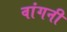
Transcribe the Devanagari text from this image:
वांगनी